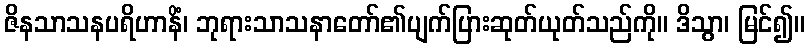
ဇိနသာသနပရိဟာနိံ၊ ဘုရားသာသနာတော်၏ပျက်ပြားဆုတ်ယုတ်သည်ကို။ ဒိသွာ၊ မြင်၍။